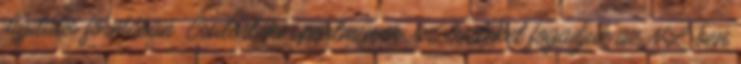
digitális formában. Csütörtöki sportműsor: az észteket fogadjuk az NL-ben